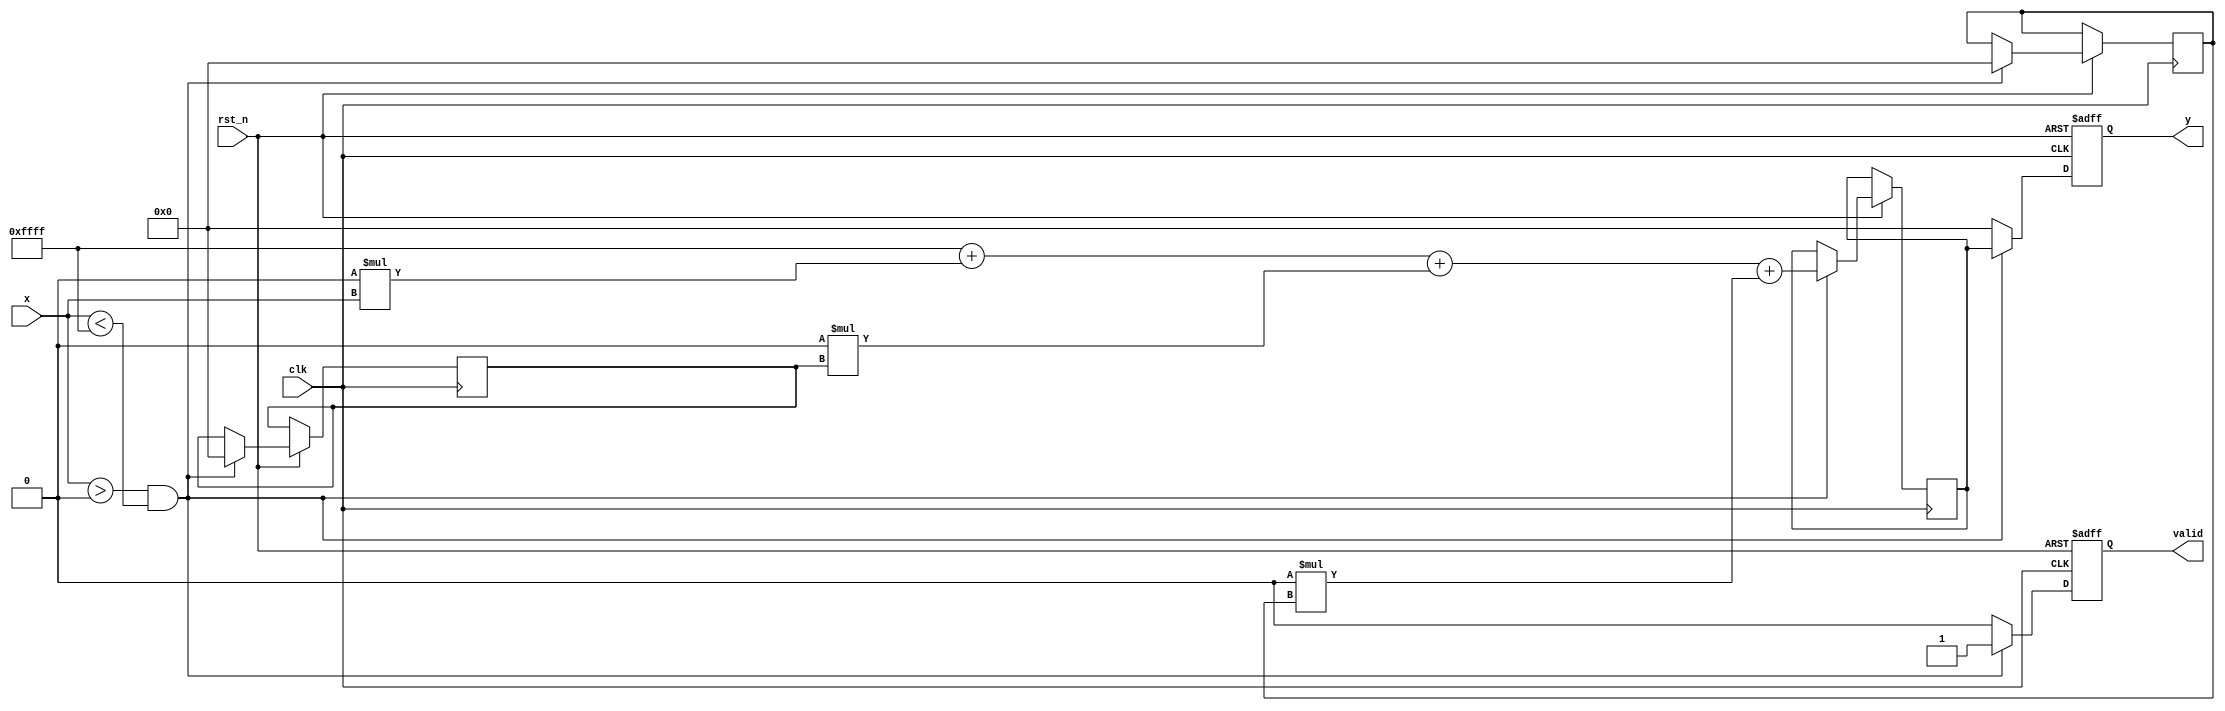
module poly_reciprocal (
    input        clk,          // Clock signal
    input        rst_n,        // Active low reset
    input [15:0] x,            // Input value (fixed-point representation)
    output reg [15:0] y,       // Output reciprocal (fixed-point representation)
    output reg       valid      // Output valid flag
);

    // Polynomial coefficients (example values)
    parameter C0 = 16'hFFFF; // Example coefficient for x^0
    parameter C1 = 16'h0000; // Example coefficient for x^1
    parameter C2 = 16'h0000; // Example coefficient for x^2
    parameter C3 = 16'h0000; // Example coefficient for x^3

    reg [15:0] x_squared;     // x^2
    reg [15:0] x_cubed;       // x^3
    reg [15:0] poly_result;    // Result of polynomial evaluation

    // Input Conditioning: Basic range check
    always @(posedge clk or negedge rst_n) begin
        if (!rst_n) begin
            y <= 16'h0000;
            valid <= 1'b0;
        end else begin
            if (x > 16'h0000 && x < 16'hFFFF) begin // Check for valid input range
                // Calculate x^2 and x^3
                x_squared <= (x * x) >> 16; // Assuming x is in Q1.15 format
                x_cubed <= (x_squared * x) >> 16;

                // Polynomial Evaluation using Horner's method
                poly_result <= C0 + (C1 * x) + (C2 * x_squared) + (C3 * x_cubed);
                
                // Output the result
                y <= poly_result;
                valid <= 1'b1; // Set valid flag
            end else begin
                y <= 16'h0000; // Handle out of range
                valid <= 1'b0; // Reset valid flag
            end
        end
    end

endmodule